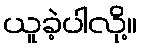
ယူခဲ့ပါလို့။